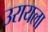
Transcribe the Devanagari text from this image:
उरायला